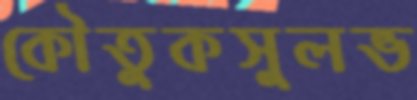
কৌতুকসুলভ